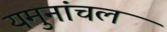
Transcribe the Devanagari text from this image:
यमुनांचल